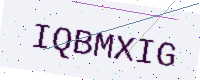
Text: IQBMXIG